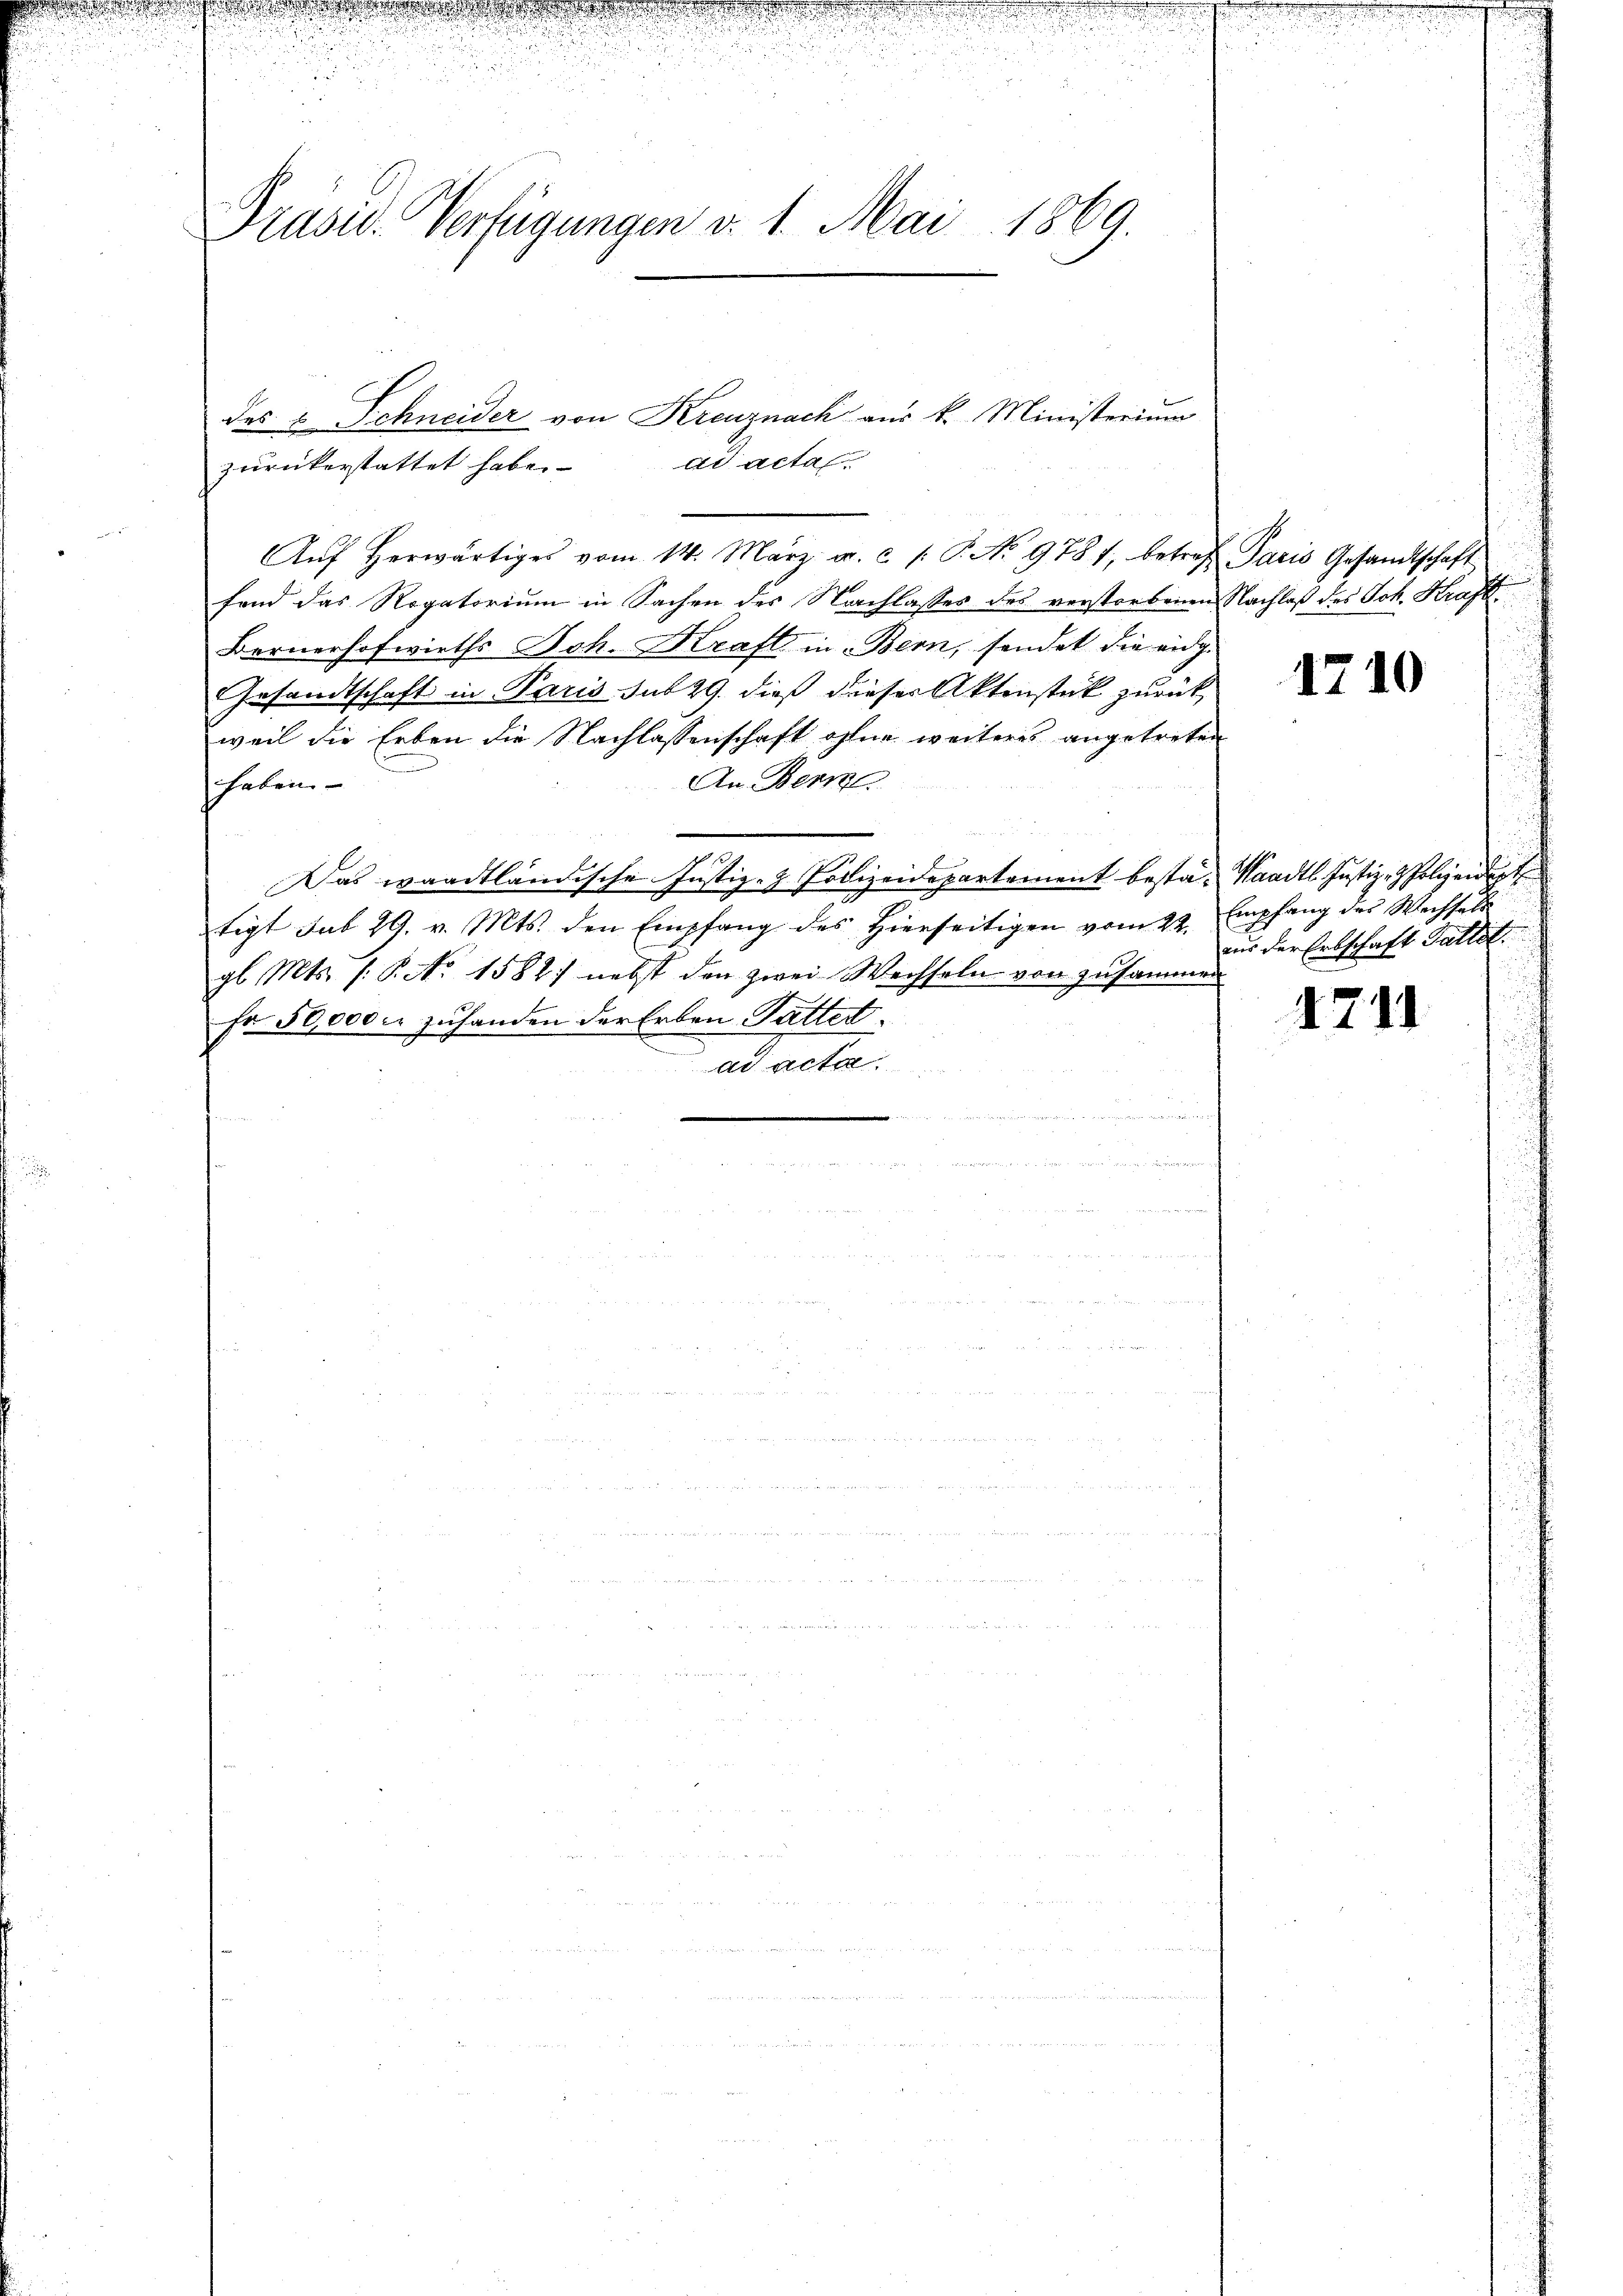
Präsid. Verfügungen v. 1. Mai 1869.

ad acta
zurückerstattet habe.
Aŭf herwärtiges vom 14. März a. c. s. S. No. 9781, betref Paris Gesandtschaft
fand das Rogatorium in Sachen des Nachlasses des verstorbenen Nachlaß des Joh. Kraft¬
Bernerhofwirths Joh. Kraft in Bern, sendet die ang
Gesandtschaft in Paris sub 29. dieß dieser Aktenstück zurückweil die Erben die Nachlassenschaft ohne weiteres angetreten
An Bern
haben.
Das waadtländische Justiz- & Polizeidepartement besta- Waadt Justiz-Polizeidept
tigt sub 29. v. Mts. den Empfang des hierseitigen vom 22. Empfang des Wechsels
gl. Mts. 1. No 1582. nebst den zwei Wechseln von zusammen
Er 50000 zuhanden der Erben Sattet.
ad acta
 Der

des u. Schneider von Kreuznach aus k. Ministerium

1710

aus der Erbschaft Gattet.

4711